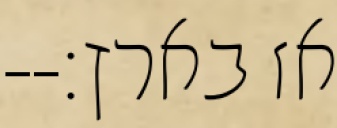
אז בארץ׃--